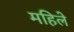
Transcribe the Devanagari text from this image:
महिले